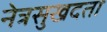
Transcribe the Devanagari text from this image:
नेत्रसुखदता